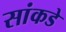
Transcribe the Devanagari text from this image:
सांकडे